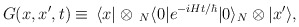
\begin{align*}G(x,x',t) \equiv \, \langle x| \otimes\, _N\langle 0| e^{-iHt/\hbar} |0 \rangle_N \otimes |x' \rangle , \end{align*}